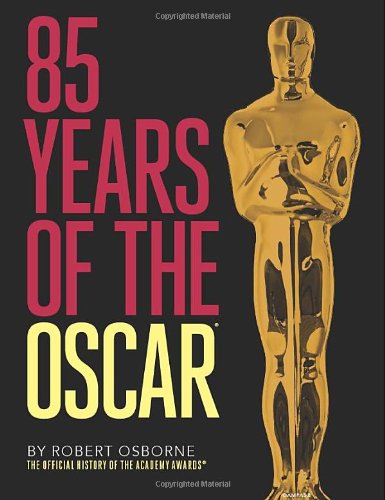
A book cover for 85 Years of the Oscar: The Official History of the Academy Awards; Robert Osborne; Humor & Entertainment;